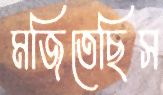
মজিতেছিস